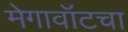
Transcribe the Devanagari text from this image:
मेगावॉटचा